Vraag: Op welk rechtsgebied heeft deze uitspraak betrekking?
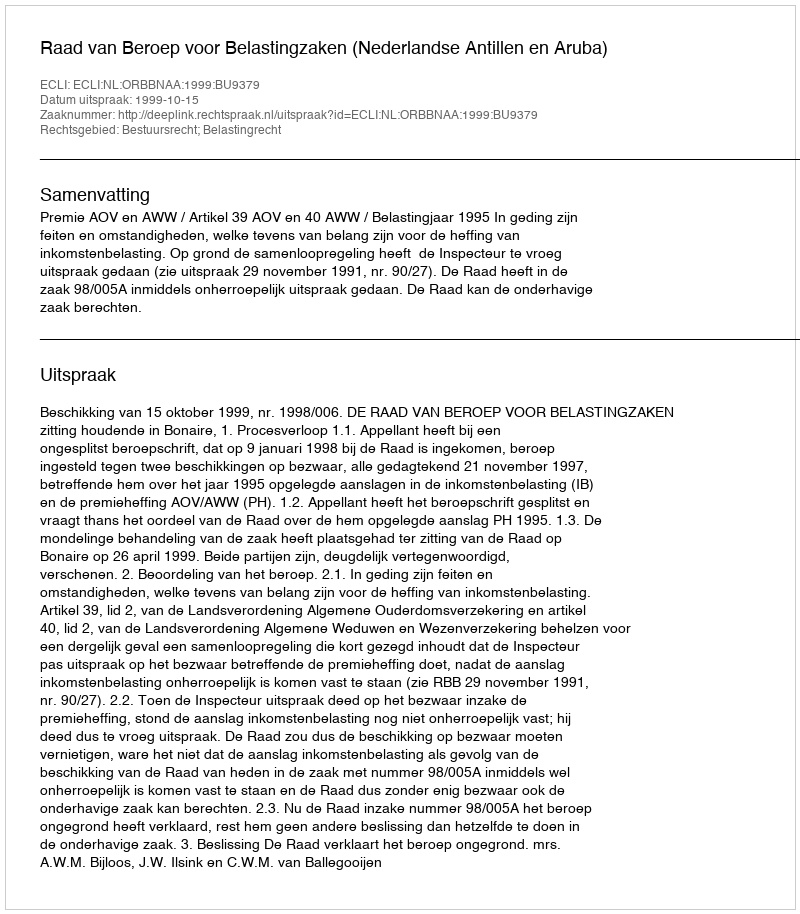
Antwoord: Bestuursrecht; Belastingrecht